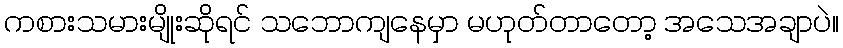
ကစားသမားမျိုးဆိုရင် သဘောကျနေမှာ မဟုတ်တာတော့ အသေအချာပဲ။